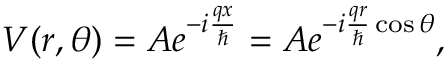
\begin{array} { r } { V ( r , \theta ) = A e ^ { - i \frac { q x } { \hbar } } = A e ^ { - i \frac { q r } { \hbar } \cos { \theta } } , } \end{array}